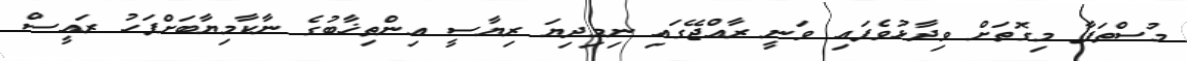
މުސްތަފާ މިގޮތަށް ވިދާޅުވެފައި ވަނީ ރާއްޖޭގައި ނިމިދިޔަ ރިޔާސީ އިންތިޚާބުގެ ނާކާމިޔާބަށްފަހު ރައީސް